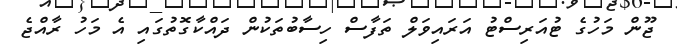
ޖޫން މަހުގެ ޓުއަރިސްޓު އަރައިވަލް ތަފާސް ހިސާބުތަކުން ދައްކާގޮތުގައި އެ މަހު ރާއްޖެ